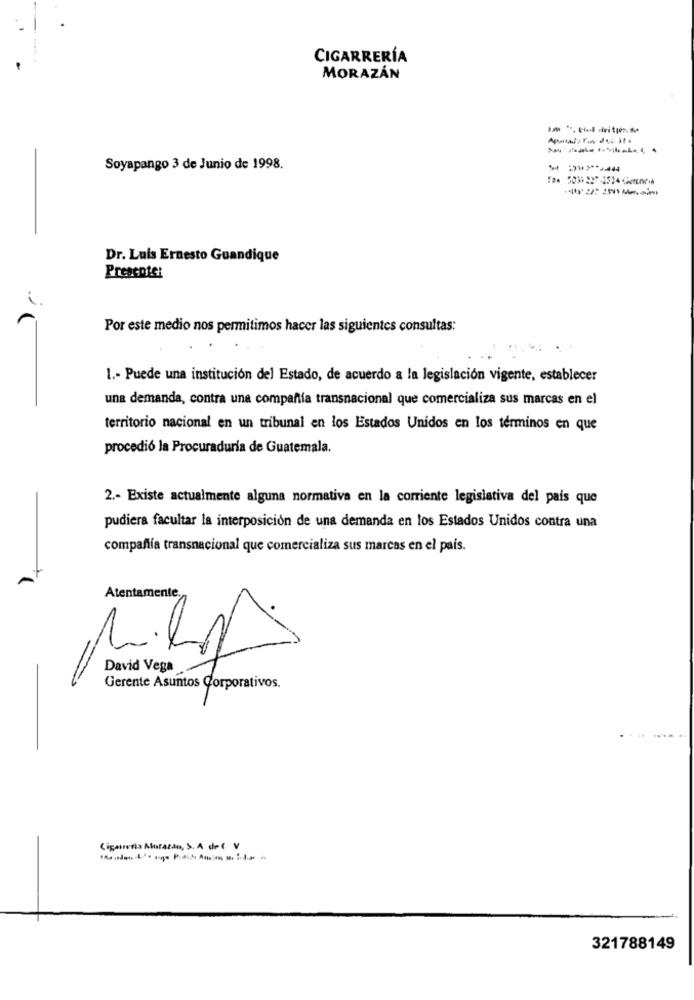
CIGARRERÍA
MORAZÁN
Soyapango 3 de Junio de 1998.
Dr. Luis Ernesto Guandique
Presente:
Por este medio nos permitimos hacer las siguientes consultas:
.. .
1 .- Puede una institución del Estado, de acuerdo a la legislación vigente, establecer
una demanda, contra una compañía transnacional que comercializa sus marcas en el
territorio nacional en un tribunal en los Estados Unidos en los términos en que
procedió la Procuraduría de Guatemala.
2 .- Existe actualmente alguna normativa en la corriente legislativa del pais que
pudiera facultar la interposición de una demanda en los Estados Unidos contra una
compañía transnacional que comercializa sus marcas en el país.
Atentamente.
David Vega
Gerente Asuntos Corporativos.
Cigarreria Aurazan, S. A de ( V
321788149